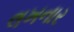
લખનાર